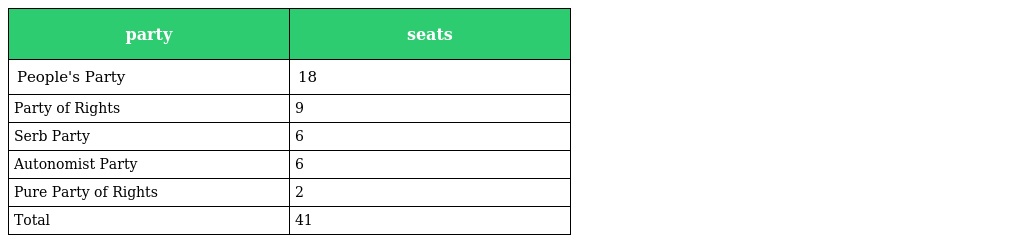
| party | seats |
 | --- | --- |
 | People's Party | 18 |
 | Party of Rights | 9 |
 | Serb Party | 6 |
 | Autonomist Party | 6 |
 | Pure Party of Rights | 2 |
 | Total | 41 |